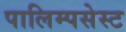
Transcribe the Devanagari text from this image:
पालिम्पसेस्ट